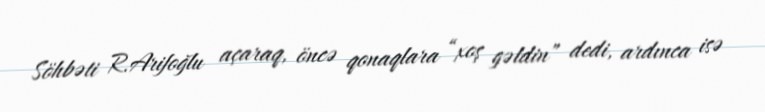
Söhbəti R.Arifoğlu açaraq, öncə qonaqlara “xoş gəldin” dedi, ardınca isə